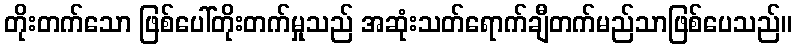
တိုးတက်သော ဖြစ်ပေါ်တိုးတက်မှုသည် အဆုံးသတ်ရောက်ချီတက်မည်သာဖြစ်ပေသည်။